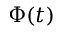
\Phi ( t )